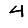
Digit: 4